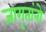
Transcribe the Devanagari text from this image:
जागृतांनो